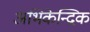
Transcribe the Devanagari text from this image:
अभिकेन्द्रिक